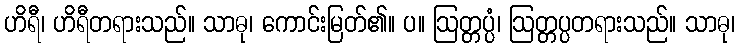
ဟိရီ၊ ဟိရီတရားသည်။ သာဓု၊ ကောင်းမြတ်၏။ ပ။ ဩတ္တပ္ပံ၊ ဩတ္တပ္ပတရားသည်။ သာဓု၊